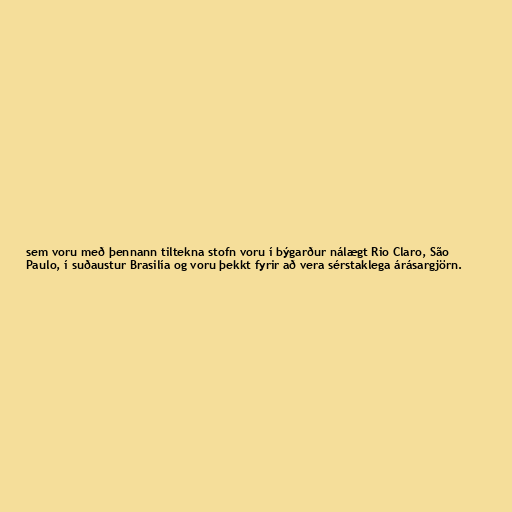
sem voru með þennann tiltekna stofn voru í býgarður nálægt Rio Claro, São
Paulo, í suðaustur Brasilía og voru þekkt fyrir að vera sérstaklega árásargjörn.